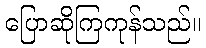
ပြောဆိုကြကုန်သည်။